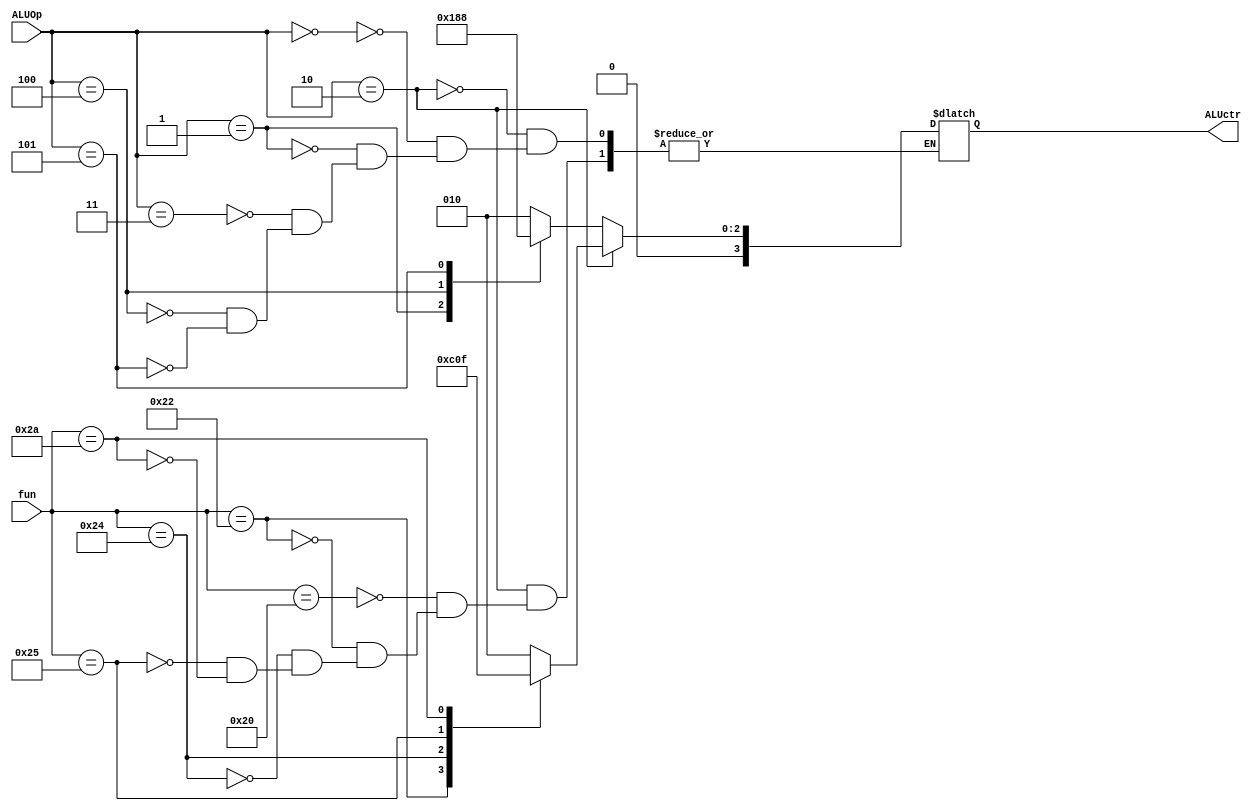
`timescale 1ns / 1ps
//////////////////////////////////////////////////////////////////////////////////
// Company: 
// Engineer: 
// 
// Design Name: 
// Module Name: ALuctr
// Project Name: 
// Target Devices: 
// Tool Versions: 
// Description: 
// 
// Dependencies: 
// 
// Revision:
// Revision 0.01 - File Created
// Additional Comments:
// 
//////////////////////////////////////////////////////////////////////////////////


module ALuctr(
    input [5:0] fun,
    input [2:0] ALUOp,
    output reg [3:0] ALUctr
    );
    always@(fun or ALUOp)
    begin
    if(ALUOp==3'b010)
    case(fun)
    6'b100000 : ALUctr <= 4'b0010;         //add
    6'b100010 : ALUctr <= 4'b0110;        //sub
    6'b100100 : ALUctr <= 4'b0000;        //and
    6'b100101 : ALUctr <= 4'b0001;        //or
    6'b101010 : ALUctr <= 4'b0111;        //slt
    endcase
    else 
    case(ALUOp)
    3'b000 : ALUctr <= 4'b0010;               //sw,lw
    3'b001 : ALUctr <= 4'b0110;               //beq
    3'b011 : ALUctr <= 4'b0010;               //addiu
    3'b100 : ALUctr <= 4'b0001;               //ori
    3'b101 : ALUctr <= 4'b0000;              //andi
    endcase
    end
endmodule